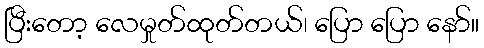
ပြီးတော့ လေမှုတ်ထုတ်တယ်၊ ပြော ပြော နော်။